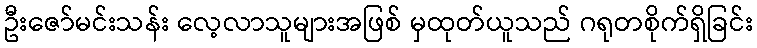
ဦးဇော်မင်းသန်း လေ့လာသူများအဖြစ် မှထုတ်ယူသည် ဂရုတစိုက်ရှိခြင်း